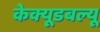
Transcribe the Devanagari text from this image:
केक्यूडबल्यू